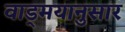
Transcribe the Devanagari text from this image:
वाड्मयानुसार